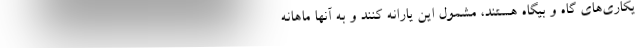
یکاری‌های گاه و بیگاه هستند، مشمول این یارانه کنند و به آنها ماهانه